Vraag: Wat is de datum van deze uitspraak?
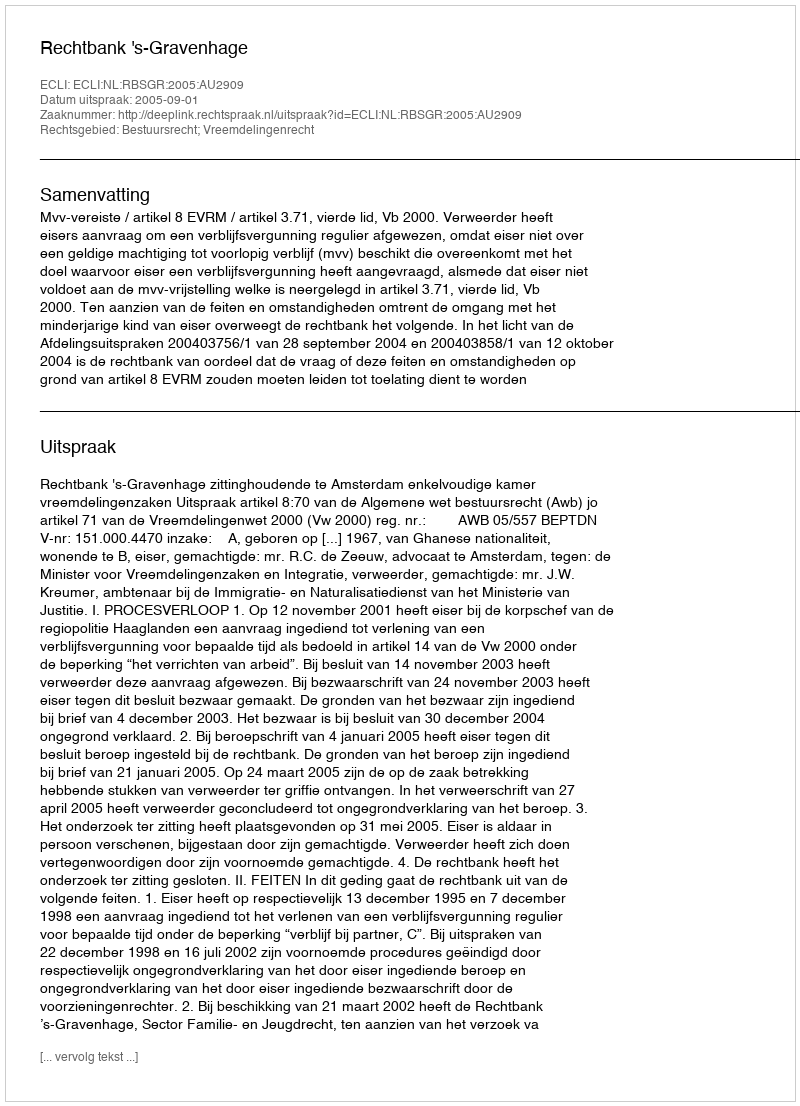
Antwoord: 2005-09-01